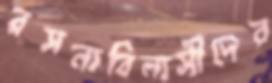
রসনাবিলাসীদের